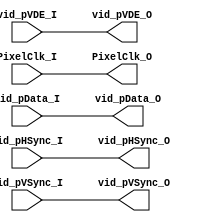
module null_filter(
    vid_pData_I,
    vid_pHSync_I,
    vid_pVSync_I,
    vid_pVDE_I,
    PixelClk_I,
    vid_pData_O,
    vid_pHSync_O,
    vid_pVSync_O,
    vid_pVDE_O,
    PixelClk_O
    );
    input [23:0] vid_pData_I;
    input vid_pHSync_I;
    input vid_pVSync_I;
    input vid_pVDE_I;
    input PixelClk_I;
    output [23:0] vid_pData_O;
    output vid_pHSync_O;
    output vid_pVSync_O;
    output vid_pVDE_O;
    output PixelClk_O;

    assign vid_pData_O = vid_pData_I;
    assign vid_pVSync_O = vid_pVSync_I;
    assign vid_pHSync_O = vid_pHSync_I;
    assign vid_pVDE_O = vid_pVDE_I;
    assign PixelClk_O = PixelClk_I;
endmodule